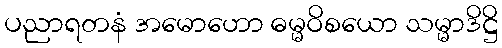
ပညာရတနံ အမောဟော ဓမ္မဝိစယော သမ္မာဒိဋ္ဌိ